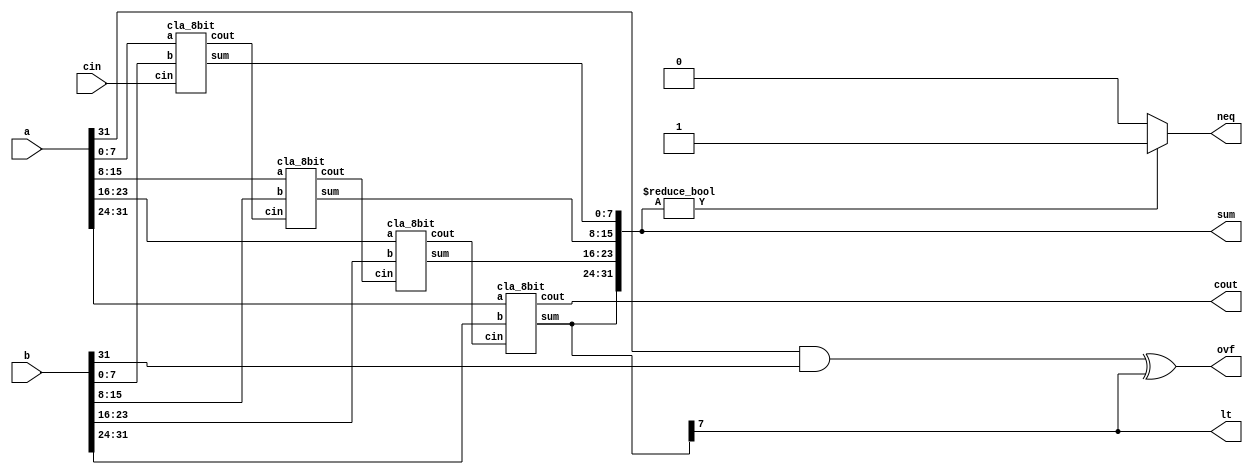
`timescale 1ns / 1ps
module cla_32bit(a, b, cin, sum, cout, neq, lt, ovf);
input [31:0] a,b;
input cin;
output [31:0] sum;
output cout; // overflow flag
output neq, lt, ovf; // neq = 1 if A - B < 0, lt = 1 if A - B = 0
wire c1,c2,c3;
reg zero = 32'd0;

/*if (sum[31] == 1'b1) begin
    assign lt = 1;
end else begin
    assign lt = 0;
end*/
assign lt = sum[31];

/*if (sum == 0) begin 
    assign eq = 1;
end else begin
    assign eq = 0;
end*/
assign neq = sum ? 1 : 0;

//Calculate overflow
wire inputAnd;
and(inputAnd, a[31], b[31]);
xor(ovf, inputAnd, sum[31]);


cla_8bit cla1 (.a(a[7:0]), .b(b[7:0]), .cin(cin), .sum(sum[7:0]), .cout(c1));
cla_8bit cla2 (.a(a[15:8]), .b(b[15:8]), .cin(c1), .sum(sum[15:8]), .cout(c2));
cla_8bit cla3(.a(a[23:16]), .b(b[23:16]), .cin(c2), .sum(sum[23:16]), .cout(c3));
cla_8bit cla4(.a(a[31:24]), .b(b[31:24]), .cin(c3), .sum(sum[31:24]), .cout(cout));

endmodule

module cla_8bit(a, b, cin, sum, cout);
input [7:0] a,b;
input cin;
output [7:0] sum;
output cout;

wire [8:0] p,g,c;

// Assign
genvar i;
generate
    for (i = 0; i < 8; i = i + 1) begin
        xor(p[i], a[i], b[i]);
        and(g[i], a[i], b[i]);

        xor(sum[i], p[i], c[i]);

        //or(orOut[i], a[i], b[i]);
        //and(andOut[i], a[i], b[i]);
    end
endgenerate

//carry=gi + Pi.ci

assign c[0]=cin;

wire w1;
and(w1, p[0], cin);
or(c[1], g[0], w1);

wire [1:0] w2;
and(w2[0], p[1], g[0]);
and(w2[1], p[1], p[0], cin);
or(c[2], g[1], w2[0], w2[1]);

wire [2:0] w3;
and(w3[0], p[2], g[1]);
and(w3[1], p[2], p[1], g[0]);
and(w3[2], p[2], p[1], p[0], cin);
or(c[3], g[2], w3[0], w3[1], w3[2]);

wire [3:0] w4;
and(w4[0], p[3], g[2]);
and(w4[1], p[3], p[2], g[1]);
and(w4[2], p[3], p[2], p[1], g[0]);
and(w4[3], p[3], p[2], p[1], p[0], cin);
or(c[4], g[3], w4[0], w4[1], w4[2], w4[3]);

//c5=g4|(p4&g3)|(p4&p3&g2)|(p4&p3&p2&g1)|(p4&p3&p2&p1&g0)|(p4&p3&p2&p1&p0&cin);
wire [4:0] w5;
and(w5[0], p[4], g[3]);
and(w5[1], p[4], p[3], g[2]);
and(w5[2], p[4], p[3], p[2], g[1]);
and(w5[3], p[4], p[3], p[2], p[1], g[0]);
and(w5[4], p[4], p[3], p[2], p[1], p[0], cin);
or(c[5], g[4], w5[0], w5[1], w5[2], w5[3], w5[4]);

//c6=g5|(p5&g4)|(p5&p4&g3)|(p5&p4&p3&g2)|(p5&p4&p3&p2&g1)|(p5&p4&p3&p2&p1&g0)|(p5&p4&p3&p2&p1&p0&cin);
wire [5:0] w6;
and(w6[0], p[5], g[4]);
and(w6[1], p[5], p[4], g[3]);
and(w6[2], p[5], p[4], p[3], g[2]);
and(w6[3], p[5], p[4], p[3], p[2], g[1]);
and(w6[4], p[5], p[4], p[3], p[2], p[1], g[0]);
and(w6[5], p[5], p[4], p[3], p[2], p[1], p[0], cin);
or(c[6], g[5], w6[0], w6[1], w6[2], w6[3], w6[4], w6[5]);

//c7=g6|(p6&g5)|(p6&p5&g4)|(p6&p5&p4&g3)|(p6&p5&p4&p3&g2)|(p6&p5&p4&p3&p2&g1)|(p6&p5&p4&p3&p2&p1&g0)|(p6&p5&p4&p3&p2&p1&p0&cin)
wire [6:0] w7;
and(w7[0], p[6], g[5]);
and(w7[1], p[6], p[5], g[4]);
and(w7[2], p[6], p[5], p[4], g[3]);
and(w7[3], p[6], p[5], p[4], p[3], g[2]);
and(w7[4], p[6], p[5], p[4], p[3], p[2], g[1]);
and(w7[5], p[6], p[5], p[4], p[3], p[2], p[1], g[0]);
and(w7[6], p[6], p[5], p[4], p[3], p[2], p[1], p[0], cin);
or(c[7], g[6], w7[0], w7[1], w7[2], w7[3], w7[4], w7[5], w7[6]);

wire [7:0] w8;
and(w8[0], p[7], g[6]);
and(w8[1], p[7], p[6], g[5]);
and(w8[2], p[7], p[6], p[5], g[4]);
and(w8[3], p[7], p[6], p[5], p[4], g[3]);
and(w8[4], p[7], p[6], p[5], p[4], p[3], g[2]);
and(w8[5], p[7], p[6], p[5], p[4], p[3], p[2], g[1]);
and(w8[6], p[7], p[6], p[5], p[4], p[3], p[2], p[1], g[0]);
and(w8[7], p[7], p[6], p[5], p[4], p[3], p[2], p[1], p[0], cin);
or(cout, g[7], w8[0], w8[1], w8[2], w8[3], w8[4], w8[5], w8[6], w8[7]);

//assign cout= g[3] | (p[3]&g[2]) | p[3]&p[2]&g[1] | p[3]&p[2]&p[1]&g[0] | p[3]&p[2]&p[1]&p[0]&c[0];
//assign sum=p^c;

endmodule